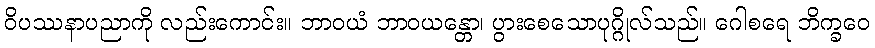
ဝိပဿနာပညာကို လည်းကောင်း။ ဘာဝယံ ဘာဝယန္တော၊ ပွားစေသောပုဂ္ဂိုလ်သည်။ ဂေါစရေ ဘိက္ခဝေ